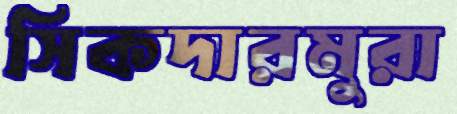
সিকদারমুরা